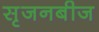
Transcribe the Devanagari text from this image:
सृजनबीज